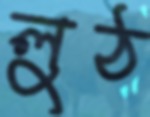
লুঠ